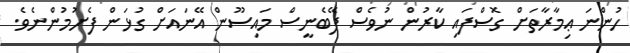
ހުންނަ ޢިމާރާތަށް ގޮސްފައި ކާރުން ނުވެސް ފޭބެނީސް މައިސޫން އޭނައަށް ގުޅަން ފެށުމުންނެވެ.